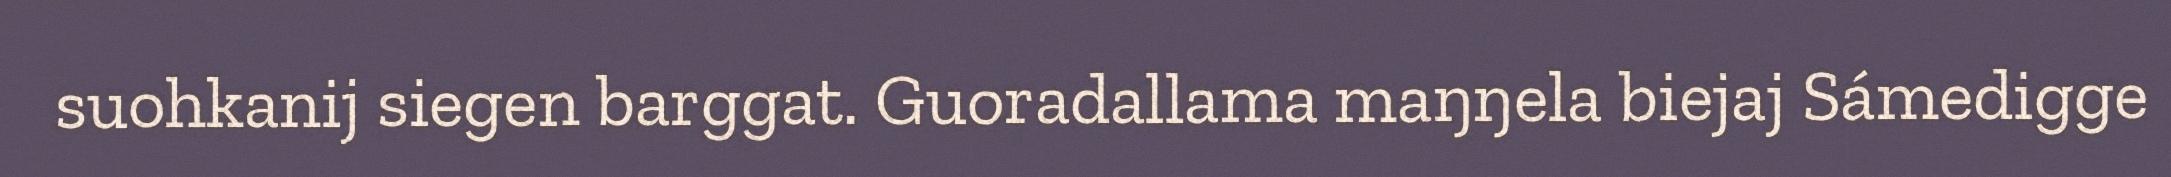
suohkanij siegen barggat. Guoradallama maŋŋela biejaj Sámedigge